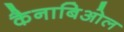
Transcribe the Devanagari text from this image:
कैनाबिओल